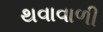
થવાવાળી